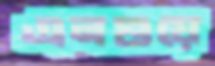
এনগুয়ে